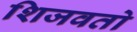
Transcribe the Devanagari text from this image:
शिजवतो